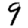
Digit: 9